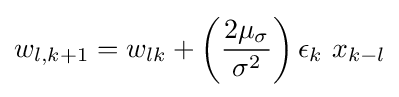
w_{l,k+1}=w_{lk}+\left({\frac {2\mu _{\sigma }}{\sigma ^{2}}}\right)\epsilon _{k}\ x_{k-l}